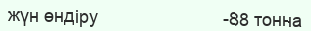
жүн өндіру                         -88 тонна